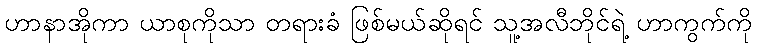
ဟာနာအိုကာ ယာစုကိုသာ တရားခံ ဖြစ်မယ်ဆိုရင် သူ့အလီဘိုင်ရဲ့ ဟာကွက်ကို